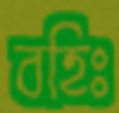
বহিঃ